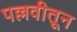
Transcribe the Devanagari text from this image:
पल्लवीतून